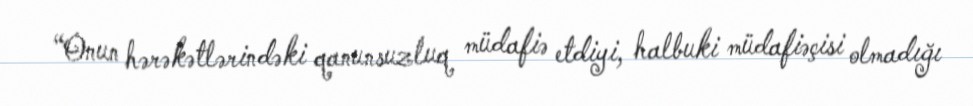
“Onun hərəkətlərindəki qanunsuzluq müdafiə etdiyi, halbuki müdafiəçisi olmadığı